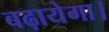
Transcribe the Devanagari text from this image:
बढ़ायेगा।